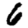
Digit: 6